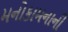
મનોકામનાની